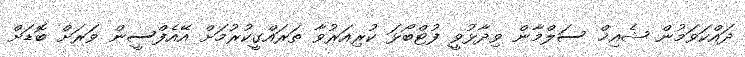
ދައްކަވަމުން ޝެއިޚް ސަލްމާން ވިދާޅުވީ ފުޓްބޯޅަ ކުރިއަރުވާ ތަރައްގީކުރުމަށް އޭއެފްސީން ވަރަށް ބޮޑަށް